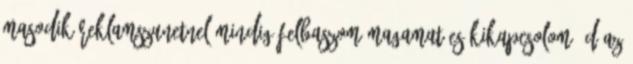
masodik reklamszunetnel mindig felbaszom magamat es kikapcsolom :D az